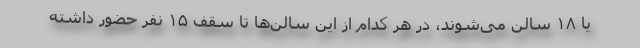
یا ۱۸ سالن می‌شوند، در هر کدام از این سالن‌ها تا سقف ۱۵ نفر حضور داشته